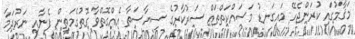
މަޤާމުގައި ކުރަންޖެހޭ މައިގަނޑު މަސައްކަތްތައް ސަރުކާރުގެ ސިޔާސަތާ އެއްގޮތްވާ ގޮތުގެމަތިން ފެނާއި ނަރުދަމާ